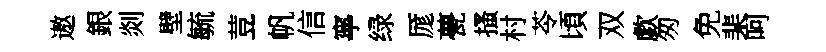
遨銀剡壁毓荳帆信寧绿厖甍搔村苓頃双歔匆免棐呵